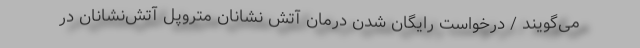
می‌گویند / درخواست رایگان شدن درمان آتش نشانان متروپل آتش‌نشانان در